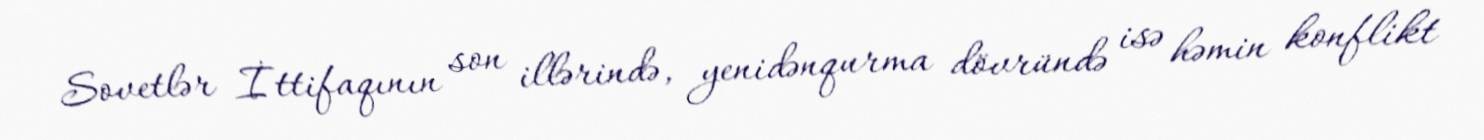
Sovetlər İttifaqının son illərində, yenidənqurma dövründə isə həmin konflikt